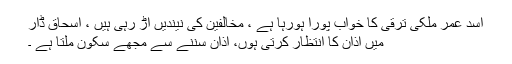
اسد عمر ملکی ترقی کا خواب پورا ہورہا ہے ، مخالفین کی نیندیں اڑ رہی ہیں ، اسحاق ڈار
میں اذان کا انتظار کرتی ہوں، اذان سننے سے مجھے سکون ملتا ہے ۔